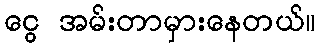
ငွေ အမ်းတာမှားနေတယ်။